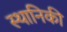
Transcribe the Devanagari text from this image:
स्थानिकी